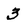
Character: 3